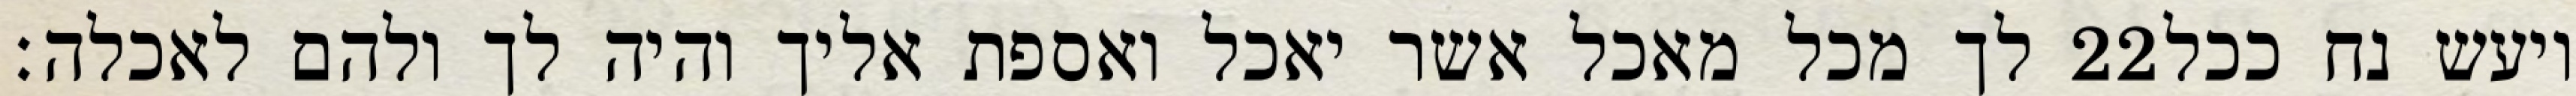
לך מכל מאכל אשר יאכל ואספת אליך והיה לך ולהם לאכלה׃ ‎22‏ ויעש נח ככל